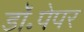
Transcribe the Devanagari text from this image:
डॉ॰पेपर